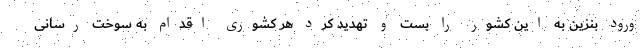
ورود بنزین به این کشور را بست و تهدید کرد هر کشوری اقدام به سوخت رسانی